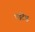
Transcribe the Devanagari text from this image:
पटिष्ठ